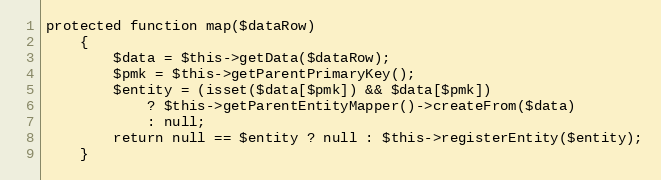
Language: PHP
protected function map($dataRow)
    {
        $data = $this->getData($dataRow);
        $pmk = $this->getParentPrimaryKey();
        $entity = (isset($data[$pmk]) && $data[$pmk])
            ? $this->getParentEntityMapper()->createFrom($data)
            : null;
        return null == $entity ? null : $this->registerEntity($entity);
    }